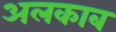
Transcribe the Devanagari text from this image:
अलकाब